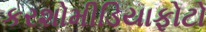
કરશોમીડિયાફોટો